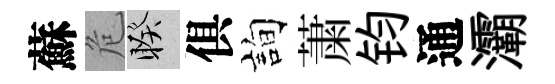
蘇危睽俱詢䔥钧通灞